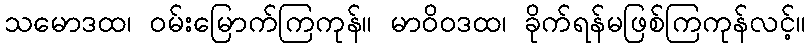
သမောဒထ၊ ဝမ်းမြောက်ကြကုန်။ မာဝိဝဒထ၊ ခိုက်ရန်မဖြစ်ကြကုန်လင့်။